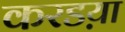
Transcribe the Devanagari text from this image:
करडय़ा